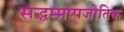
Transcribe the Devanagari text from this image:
सद्धम्मप्पजोतिक